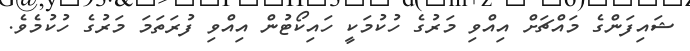
ޝައިފަންގެ މައްޗަށް އިއްވި މަރުގެ ހުކުމަކީ ހައިކޯޓުން އިއްވި ފުރަތަމަ މަރުގެ ހުކުމެވެ.